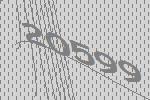
20599